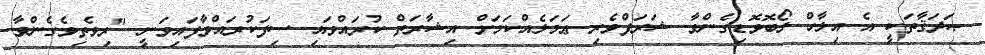
ޞަދަޤާތަކީ އެ އިލާހް ލޯބޮވޮޑިގެންވާ ޝަރަފްވެރި ޢަމަލެއްކަމަށް އިޝާރަތް ކުރައްވައި ސިފަކުރައްވާފައިވަނީ "ރިވެތިވެގެންވާ